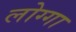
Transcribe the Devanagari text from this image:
लोग्गा